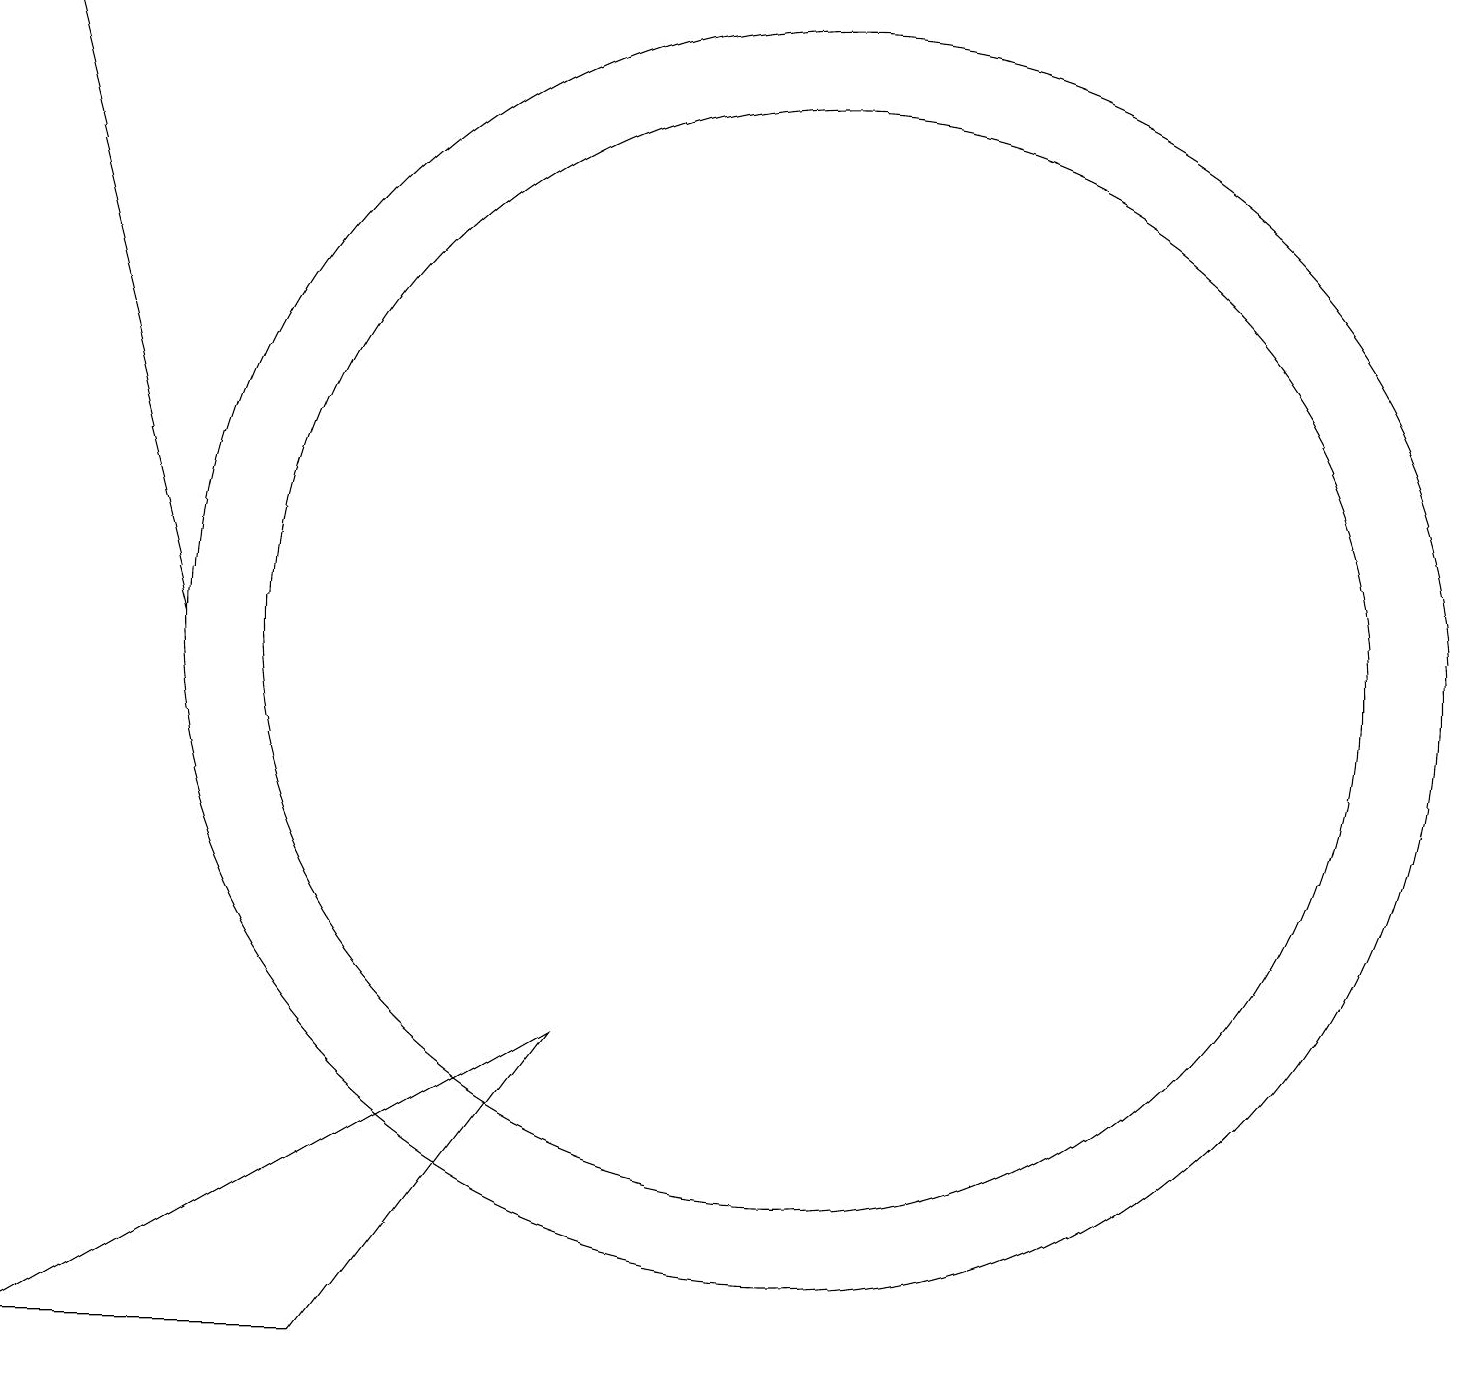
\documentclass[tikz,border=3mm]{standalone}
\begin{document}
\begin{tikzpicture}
\draw (10,10) circle (7);
\draw (10,10) circle (8);
\draw (4,1) -- (0,1) -- (7,5) -- cycle;
\draw[->] (2,10) -- (0,18);
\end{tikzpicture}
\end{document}